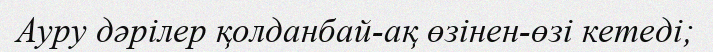
Ауру дәрілер қолданбай-ақ өзінен-өзі кетеді;